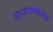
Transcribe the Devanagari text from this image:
आजगावकरांना